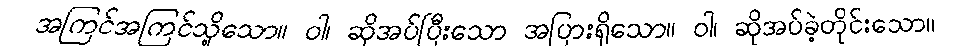
အကြင်အကြင်သို့သော။ ဝါ၊ ဆိုအပ်ပြီးသော အပြားရှိသော။ ဝါ၊ ဆိုအပ်ခဲ့တိုင်းသော။